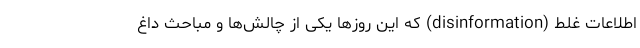
اطلاعات غلط (disinformation) که این روزها یکی از چالش‌ها و مباحث داغ